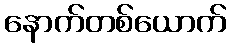
နောက်တစ်ယောက်